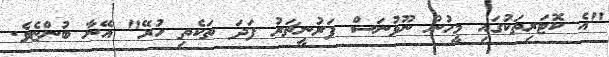
"އެ ކޮޓަރިތަކުގައި މީހުން ނޫޅުނަސް ފަރުނީޗަރު ފަދަ ތަކެތި ހުރޭ" އޭނާ ބުންޏެވެ.